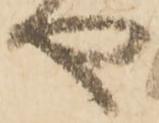
や